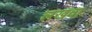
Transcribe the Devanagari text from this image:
लखवा